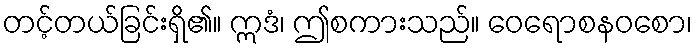
တင့်တယ်ခြင်းရှိ၏။ ဣဒံ၊ ဤစကားသည်။ ဝေရောစနဝစော၊